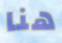
هنا